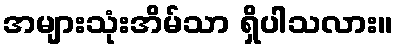
အများသုံးအိမ်သာ ရှိပါသလား။